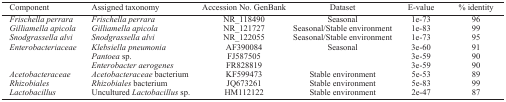
<table><thead><tr><td><b>Component</b></td><td><b>Assigned taxonomy</b></td><td><b>Accession No. GenBank</b></td><td><b>Dataset</b></td><td><b>E-value</b></td><td><b>% identity</b></td></tr></thead><tbody><tr><td><i>Frischella perrara</i></td><td><i>Frischella perrara</i></td><td>NR_118490</td><td>Seasonal</td><td>1e-73</td><td>96</td></tr><tr><td><i>Gilliamella apicola</i></td><td><i>Gilliamella apicola</i></td><td>NR_121727</td><td>Seasonal/Stable environment</td><td>1e-83</td><td>99</td></tr><tr><td><i>Snodgrassella alvi</i></td><td><i>Snodgrassella alvi</i></td><td>NR_122055</td><td>Seasonal/Stable environment</td><td>1e-73</td><td>95</td></tr><tr><td><i>Enterobacteriaceae</i></td><td><i>Klebsiella pneumonia</i></td><td>AF390084</td><td>Seasonal</td><td>3e-60</td><td>91</td></tr><tr><td></td><td><i>Pantoea</i> sp.</td><td>FJ587505</td><td></td><td>3e-59</td><td>90</td></tr><tr><td></td><td><i>Enterobacter aerogenes</i></td><td>FR828819</td><td></td><td>3e-59</td><td>90</td></tr><tr><td><i>Acetobacteraceae</i></td><td><i>Acetobacteraceae</i> bacterium</td><td>KF599473</td><td>Stable environment</td><td>5e-53</td><td>89</td></tr><tr><td><i>Rhizobiales</i></td><td><i>Rhizobiales</i> bacterium</td><td>JQ673261</td><td>Stable environment</td><td>5e-83</td><td>99</td></tr><tr><td><i>Lactobacillus</i></td><td>Uncultured <i>Lactobacillus</i> sp.</td><td>HM112122</td><td>Stable environment</td><td>2e-47</td><td>87</td></tr></tbody></table>